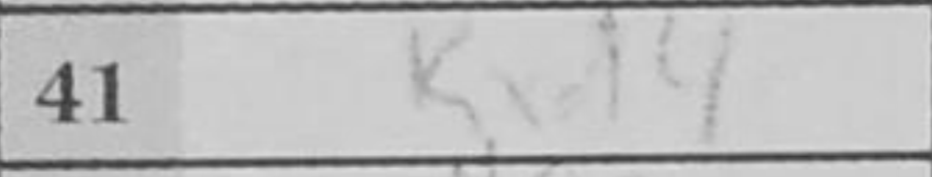
Transcription: Kxd4